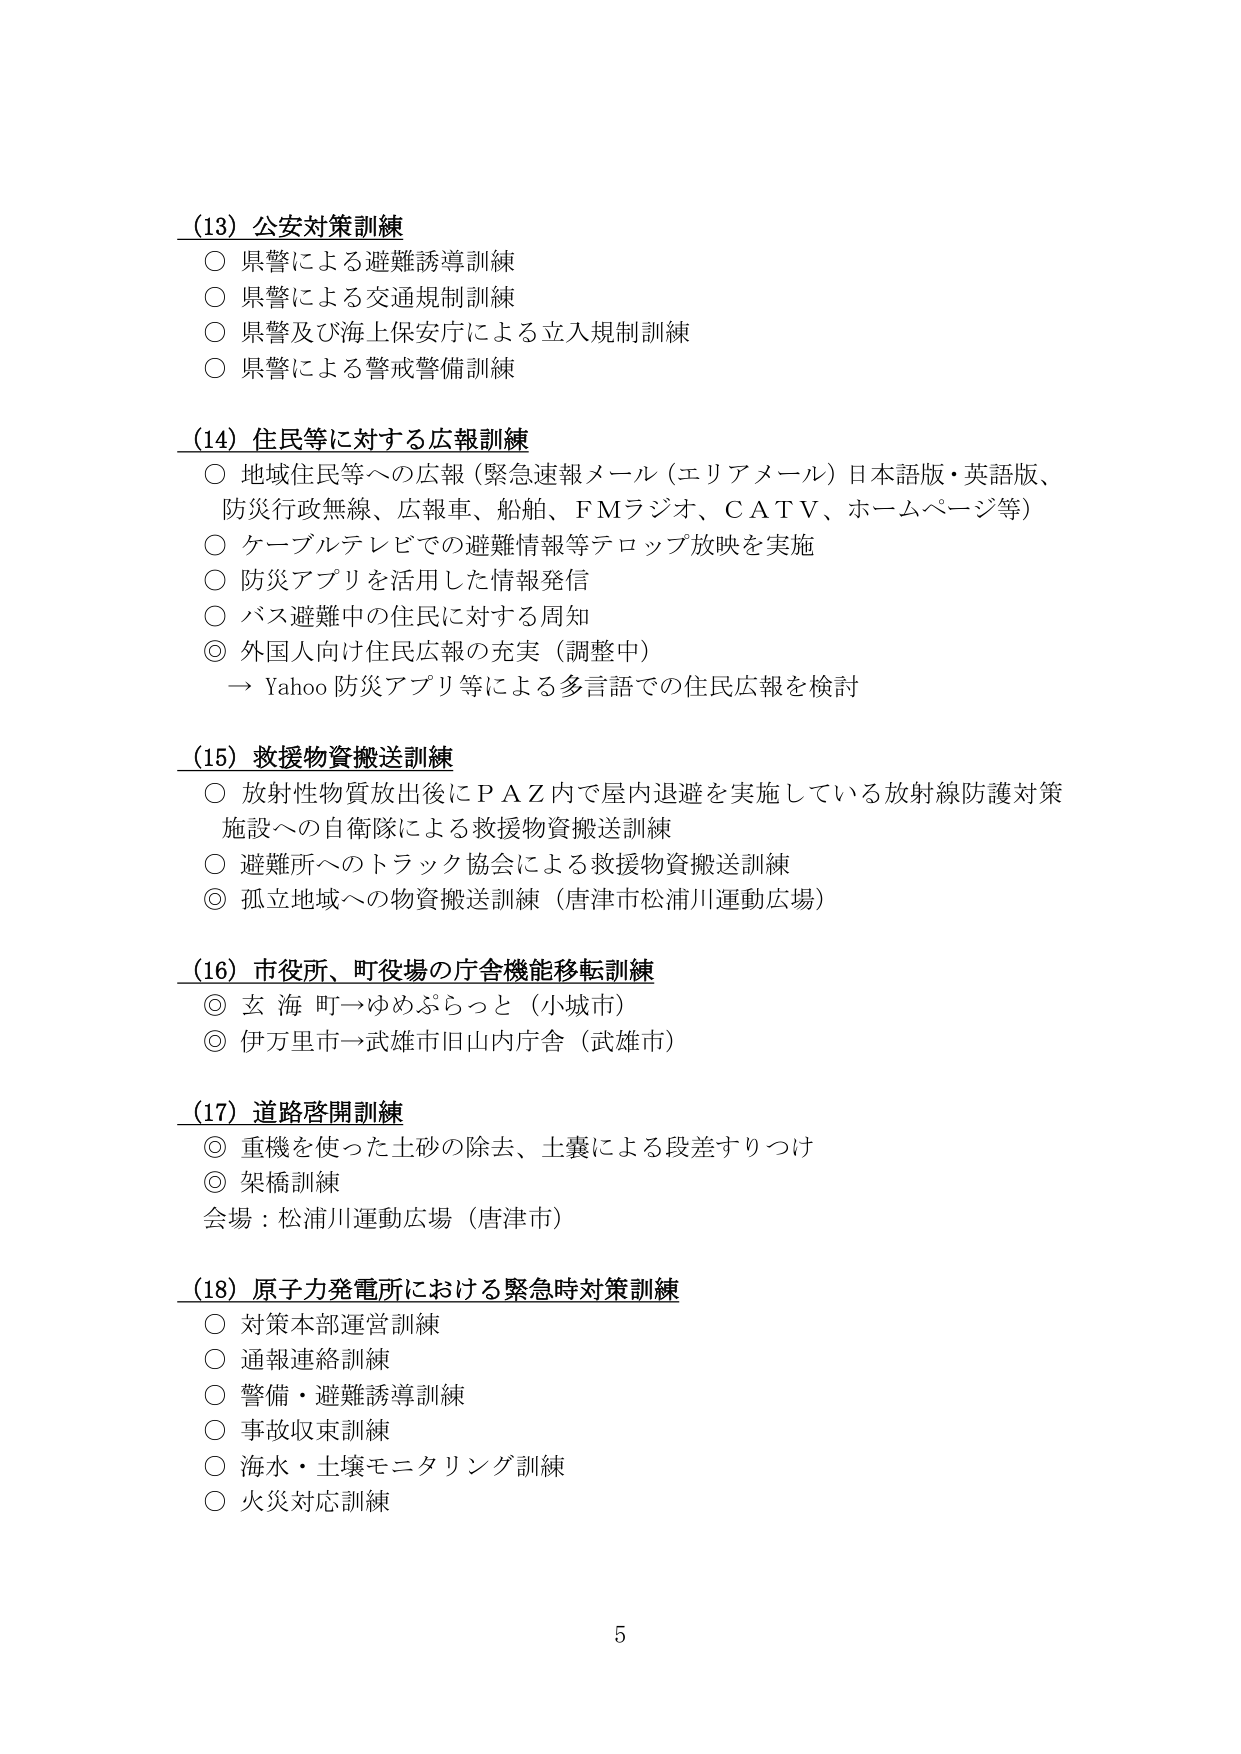
(13) 公安対策訓練
○ 県警による避難誘導訓練
○ 県警による交通規制訓練
○ 県警及び海上保安庁による立入規制訓練
○ 県警による警戒警備訓練

(14) 住民等に対する広報訓練
○ 地域住民等への広報（緊急速報メール（エリアメール）日本語版・英語版、防災行政無線、広報車、船舶、FMラジオ、CATV、ホームページ等）
○ ケーブルテレビでの避難情報等テロップ放映を実施
○ 防災アプリを活用した情報発信
○ バス避難中の住民に対する周知
◎ 外国人向け住民広報の充実（調整中）
→ Yahoo 防災アプリ等による多言語での住民広報を検討

(15) 救援物資搬送訓練
○ 放射性物質放出後にＰＡＺ内で屋内退避を実施している放射線防護対策施設への自衛隊による救援物資搬送訓練
○ 避難所へのトラック協会による救援物資搬送訓練
◎ 孤立地域への物資搬送訓練（唐津市松浦川運動広場）

(16) 市役所、町役場の庁舎機能移転訓練
◎ 玄海町→ゆめぷらっと（小城市）
◎ 伊万里市→武雄市旧山内庁舎（武雄市）

(17) 道路啓開訓練
◎ 重機を使った土砂の除去、土嚢による段差すりつけ
◎ 架橋訓練
会場：松浦川運動広場（唐津市）

(18) 原子力発電所における緊急時対策訓練
○ 対策本部運営訓練
○ 通報連絡訓練
○ 警備・避難誘導訓練
○ 事故収束訓練
○ 海水・土壌モニタリング訓練
○ 火災対応訓練

5